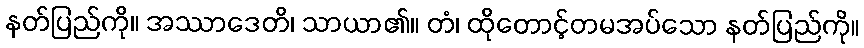
နတ်ပြည်ကို။ အဿာဒေတိ၊ သာယာ၏။ တံ၊ ထိုတောင့်တမအပ်သော နတ်ပြည်ကို။